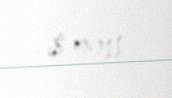
$ 9911